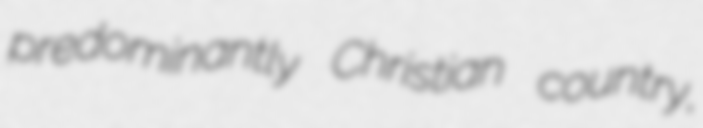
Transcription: predominantly Christian country,